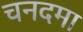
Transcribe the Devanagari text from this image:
चनदमा